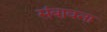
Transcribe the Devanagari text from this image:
संबावना